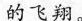
的飞翔。